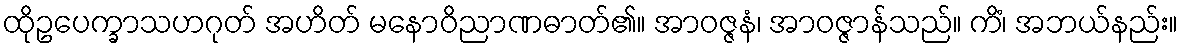
ထိုဥပေက္ခာသဟဂုတ် အဟိတ် မနောဝိညာဏဓာတ်၏။ အာဝဇ္ဇနံ၊ အာဝဇ္ဇာန်သည်။ ကိံ၊ အဘယ်နည်း။